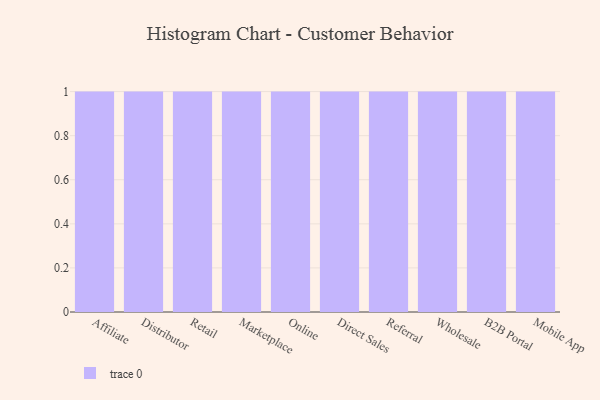
{"axis": {"x": "Channel", "y": "Conversion Rate (%)"}, "legend": [""], "data": [{"x": "Affiliate", "y": 41, "type": ""}, {"x": "Distributor", "y": 20, "type": ""}, {"x": "Retail", "y": 93, "type": ""}, {"x": "Marketplace", "y": 13, "type": ""}, {"x": "Online", "y": 21, "type": ""}, {"x": "Direct Sales", "y": 84, "type": ""}, {"x": "Referral", "y": 28, "type": ""}, {"x": "Wholesale", "y": 3, "type": ""}, {"x": "B2B Portal", "y": 73, "type": ""}, {"x": "Mobile App", "y": 70, "type": ""}]}